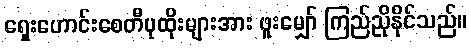
ရှေးဟောင်းစေတီပုထိုးများအား ဖူးမျှော် ကြည်ညိုနိုင်သည်။